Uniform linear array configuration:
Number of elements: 12
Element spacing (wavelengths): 0.25
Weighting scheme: cosine
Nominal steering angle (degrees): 30
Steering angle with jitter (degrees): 31.446
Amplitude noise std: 0.05
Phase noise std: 0.05

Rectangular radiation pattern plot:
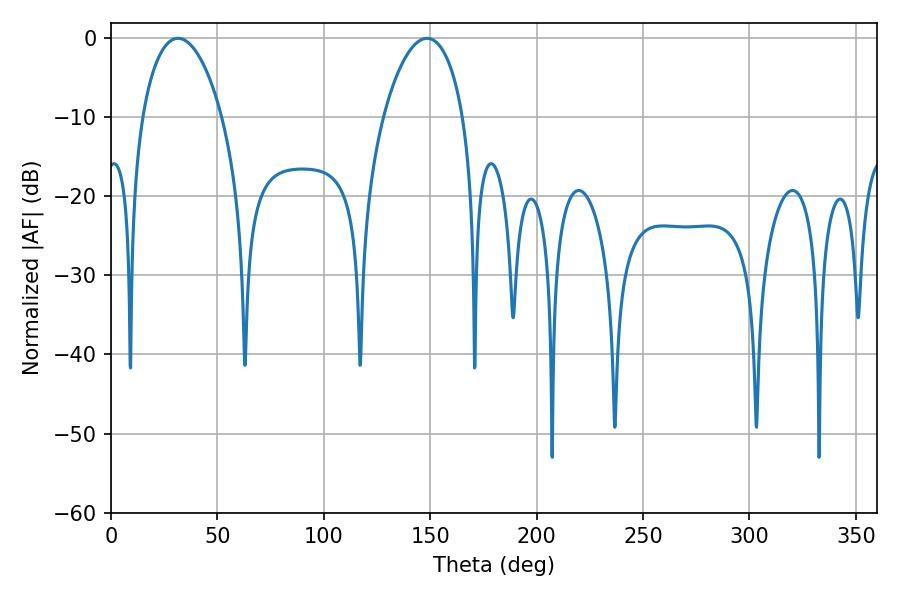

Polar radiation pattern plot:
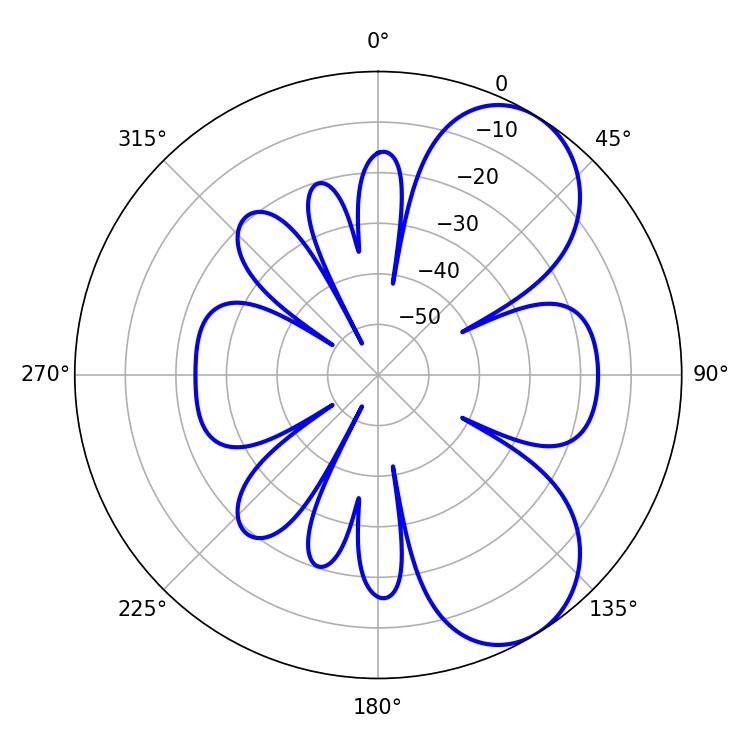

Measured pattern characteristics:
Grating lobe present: FALSE
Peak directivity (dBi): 6.782
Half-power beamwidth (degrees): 21.42
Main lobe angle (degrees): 31.5